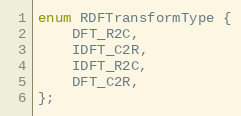
Language: C
enum RDFTransformType {
    DFT_R2C,
    IDFT_C2R,
    IDFT_R2C,
    DFT_C2R,
};